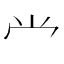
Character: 龸